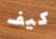
كيف